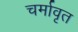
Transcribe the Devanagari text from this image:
चर्मावृत